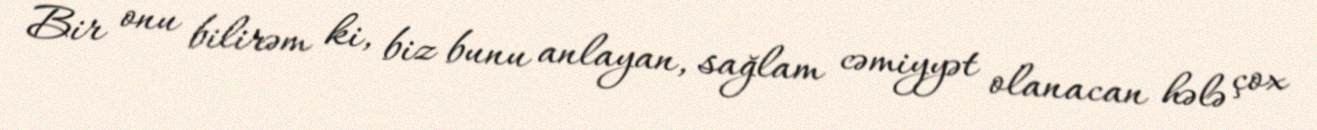
Bir onu bilirəm ki, biz bunu anlayan, sağlam cəmiyyət olanacan hələ çox